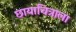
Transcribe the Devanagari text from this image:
छायाचित्राला